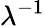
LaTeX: \lambda^{-1}